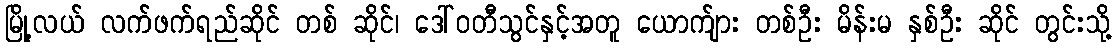
မြို့လယ် လက်ဖက်ရည်ဆိုင် တစ် ဆိုင်၊ ဒေါ်ဝတီသွင်နှင့်အတူ ယောက်ျား တစ်ဦး မိန်းမ နှစ်ဦး ဆိုင် တွင်းသို့